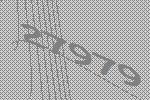
27979